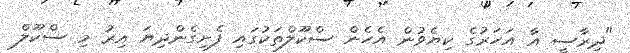
"ދިރާސީ އާ އަހަރުގެ ކިޔެވުން އެހެން ސްކޫލްތަކުގައި ފެށިގެންދިޔަ އިރު މި ސްކޫލް